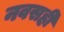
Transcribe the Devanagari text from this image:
नवसही